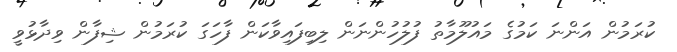
ކުރަމުން އަންނަ ކަމުގެ މައުލޫމާތު ފުލުހުންނަން ލިބިފައިވާކަން ފާހަގަ ކުރަމުން ޝިފާން ވިދާޅުވީ